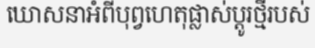
ឃោសនាអំពីបុព្វហេតុផ្លាស់ប្តូរថ្មីរបស់